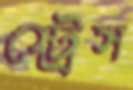
স্ট্রেস